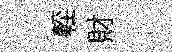
䡖財